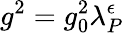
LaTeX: g^{2}=g_{0}^{2}\lambda_{P}^{\epsilon}